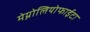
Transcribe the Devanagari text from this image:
मेग्नोलियोफाईटा